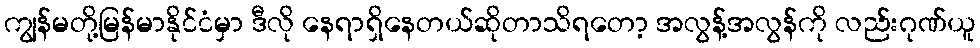
ကျွန်မတို့မြန်မာနိုင်ငံမှာ ဒီလို နေရာရှိနေတယ်ဆိုတာသိရတော့ အလွန့်အလွန်ကို လည်းဂုဏ်ယူ